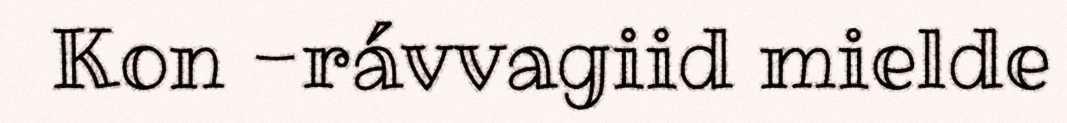
Kon -rávvagiid mielde